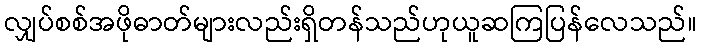
လျှပ်စစ်အဖိုဓာတ်များလည်းရှိတန်သည်ဟုယူဆကြပြန်လေသည်။